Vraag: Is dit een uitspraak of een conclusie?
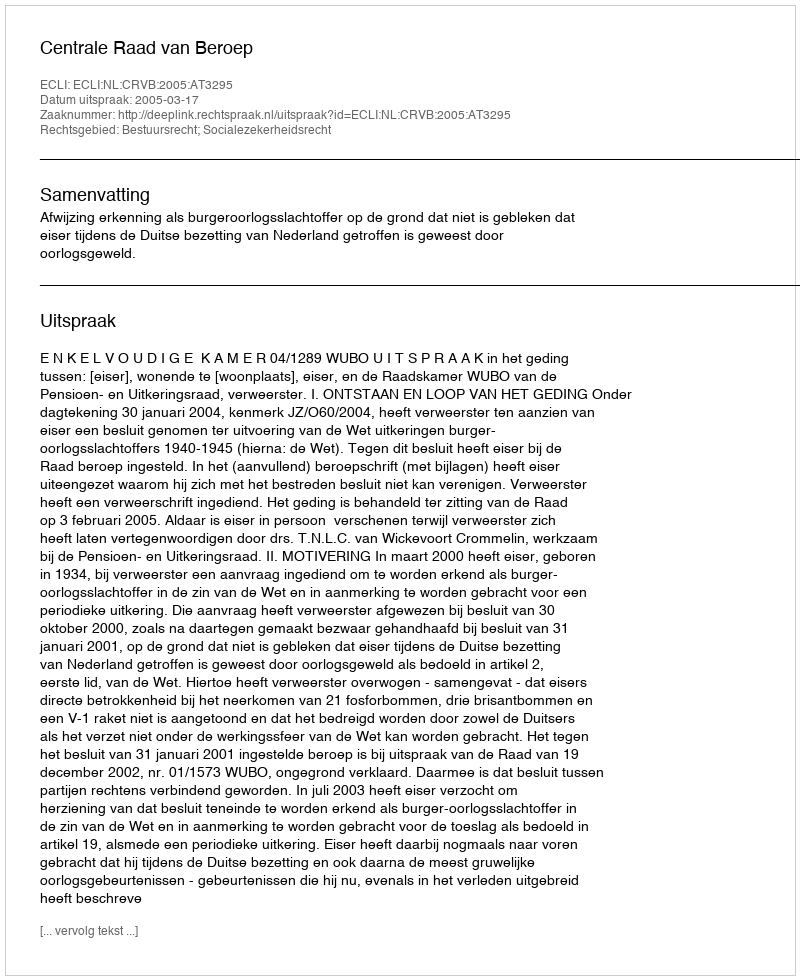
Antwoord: Uitspraak